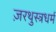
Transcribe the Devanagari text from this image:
ज़रथुस्त्रधर्म